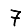
Digit: 7